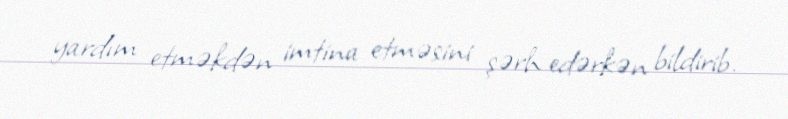
yardım etməkdən imtina etməsini şərh edərkən bildirib.